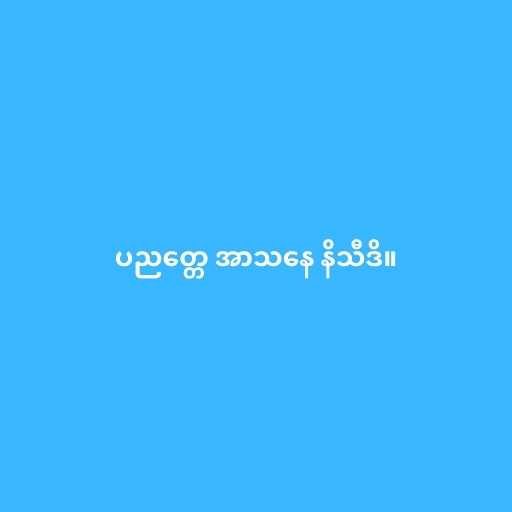
ပညတ္တေ အာသနေ နိသီဒိ။